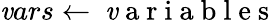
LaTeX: \mathit{v}ars\gets\mathrm{{~\mathit{v}~a~r~i~a~b~l~e~s~}}